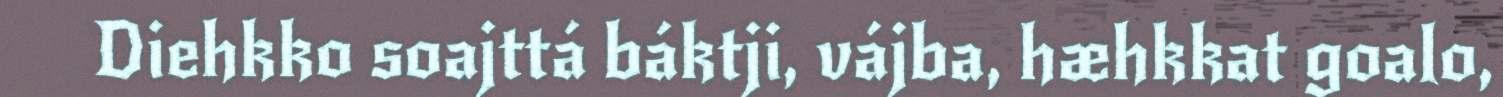
Diehkko soajttá báktji, vájba, hæhkkat goalo,